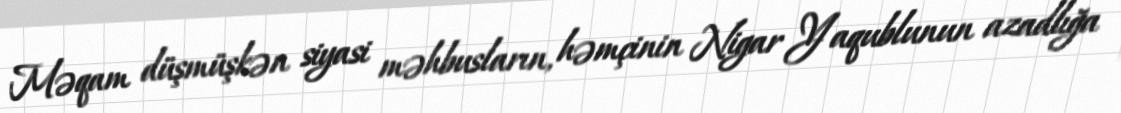
Məqam düşmüşkən siyasi məhbusların, həmçinin Nigar Yaqublunun azadlığa